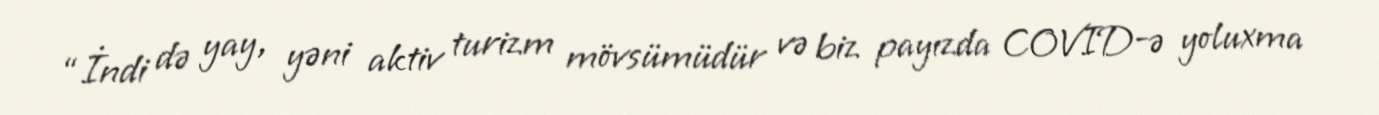
“İndi də yay, yəni aktiv turizm mövsümüdür və biz payızda COVID-ə yoluxma